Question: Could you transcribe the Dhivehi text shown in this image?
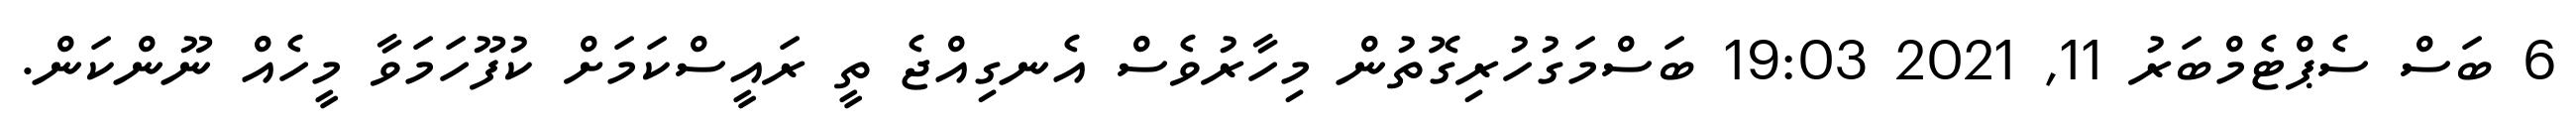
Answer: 6 ބަސް ސެޕްޓެމްބަރު 11, 2021 19:03 ބަސްމަގުހުރިގޮތުން މިހާރުވެސް އެނގިއްޖެ ތީ ރައީސްކަމަށް ކުފޫހަމަވާ މީހެއް ނޫންކަން.